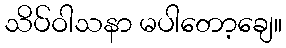
သိပ်ဝါသနာ မပါတော့ချေ။